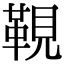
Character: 䩤